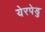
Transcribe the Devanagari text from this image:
येरपेडु